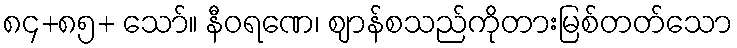
၈၄+၈၅+ သော်။ နီဝရဏေ၊ ဈာန်စသည်ကိုတားမြစ်တတ်သော